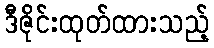
ဒီဇိုင်းထုတ်ထားသည့်